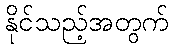
နိုင်သည့်အတွက်